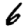
Digit: 6